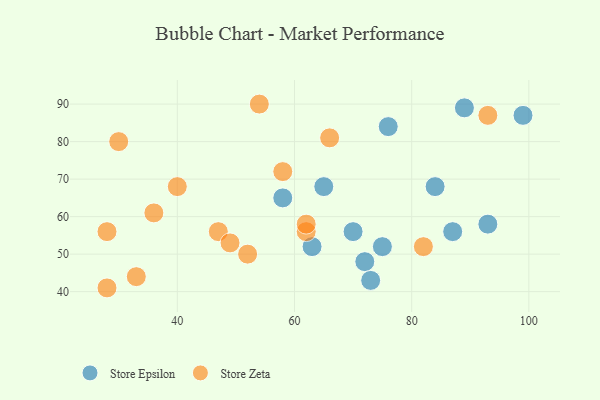
{"axis": {"x": "GDP", "y": "Life Expectancy"}, "legend": ["Store Epsilon", "Store Zeta"], "data": [{"x": "87", "y": 56, "type": "Store Epsilon"}, {"x": "70", "y": 56, "type": "Store Epsilon"}, {"x": "72", "y": 48, "type": "Store Epsilon"}, {"x": "84", "y": 68, "type": "Store Epsilon"}, {"x": "58", "y": 65, "type": "Store Epsilon"}, {"x": "99", "y": 87, "type": "Store Epsilon"}, {"x": "76", "y": 84, "type": "Store Epsilon"}, {"x": "65", "y": 68, "type": "Store Epsilon"}, {"x": "89", "y": 89, "type": "Store Epsilon"}, {"x": "73", "y": 43, "type": "Store Epsilon"}, {"x": "63", "y": 52, "type": "Store Epsilon"}, {"x": "93", "y": 58, "type": "Store Epsilon"}, {"x": "75", "y": 52, "type": "Store Epsilon"}, {"x": "47", "y": 56, "type": "Store Zeta"}, {"x": "30", "y": 80, "type": "Store Zeta"}, {"x": "40", "y": 68, "type": "Store Zeta"}, {"x": "58", "y": 72, "type": "Store Zeta"}, {"x": "28", "y": 41, "type": "Store Zeta"}, {"x": "54", "y": 90, "type": "Store Zeta"}, {"x": "52", "y": 50, "type": "Store Zeta"}, {"x": "33", "y": 44, "type": "Store Zeta"}, {"x": "82", "y": 52, "type": "Store Zeta"}, {"x": "93", "y": 87, "type": "Store Zeta"}, {"x": "62", "y": 56, "type": "Store Zeta"}, {"x": "62", "y": 58, "type": "Store Zeta"}, {"x": "66", "y": 81, "type": "Store Zeta"}, {"x": "49", "y": 53, "type": "Store Zeta"}, {"x": "36", "y": 61, "type": "Store Zeta"}, {"x": "28", "y": 56, "type": "Store Zeta"}]}